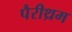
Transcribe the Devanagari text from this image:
पैरीथ्रम